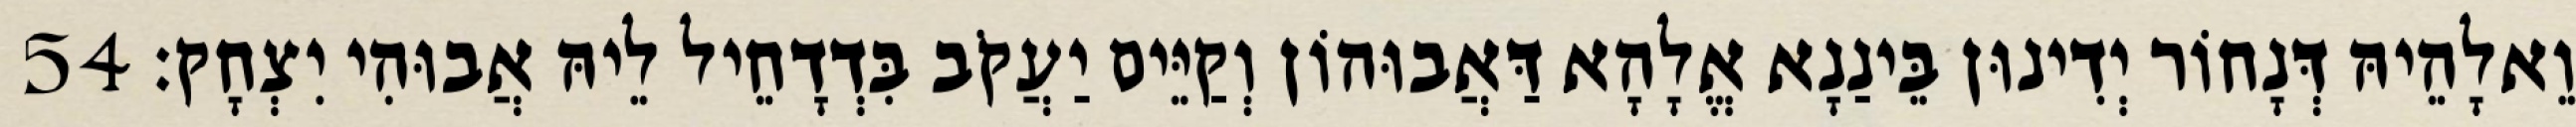
וֵאלָהֵיהּ דְּנָחוֹר יְדִינוּן בֵּינַנָא אֱלָהָא דַּאֲבוּהוֹן וְקַיֵּים יַעֲקֹב בִּדְדָחֵיל לֵיהּ אֲבוּהִי יִצְחָק׃ 54